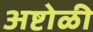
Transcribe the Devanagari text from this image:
अष्टोळी